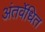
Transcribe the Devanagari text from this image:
अंतर्वेधित